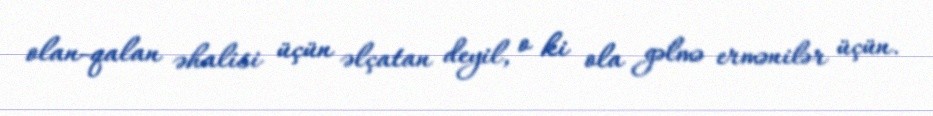
olan-qalan əhalisi üçün əlçatan deyil, o ki ola gəlmə ermənilər üçün.